Juri_Uluots, lk 10
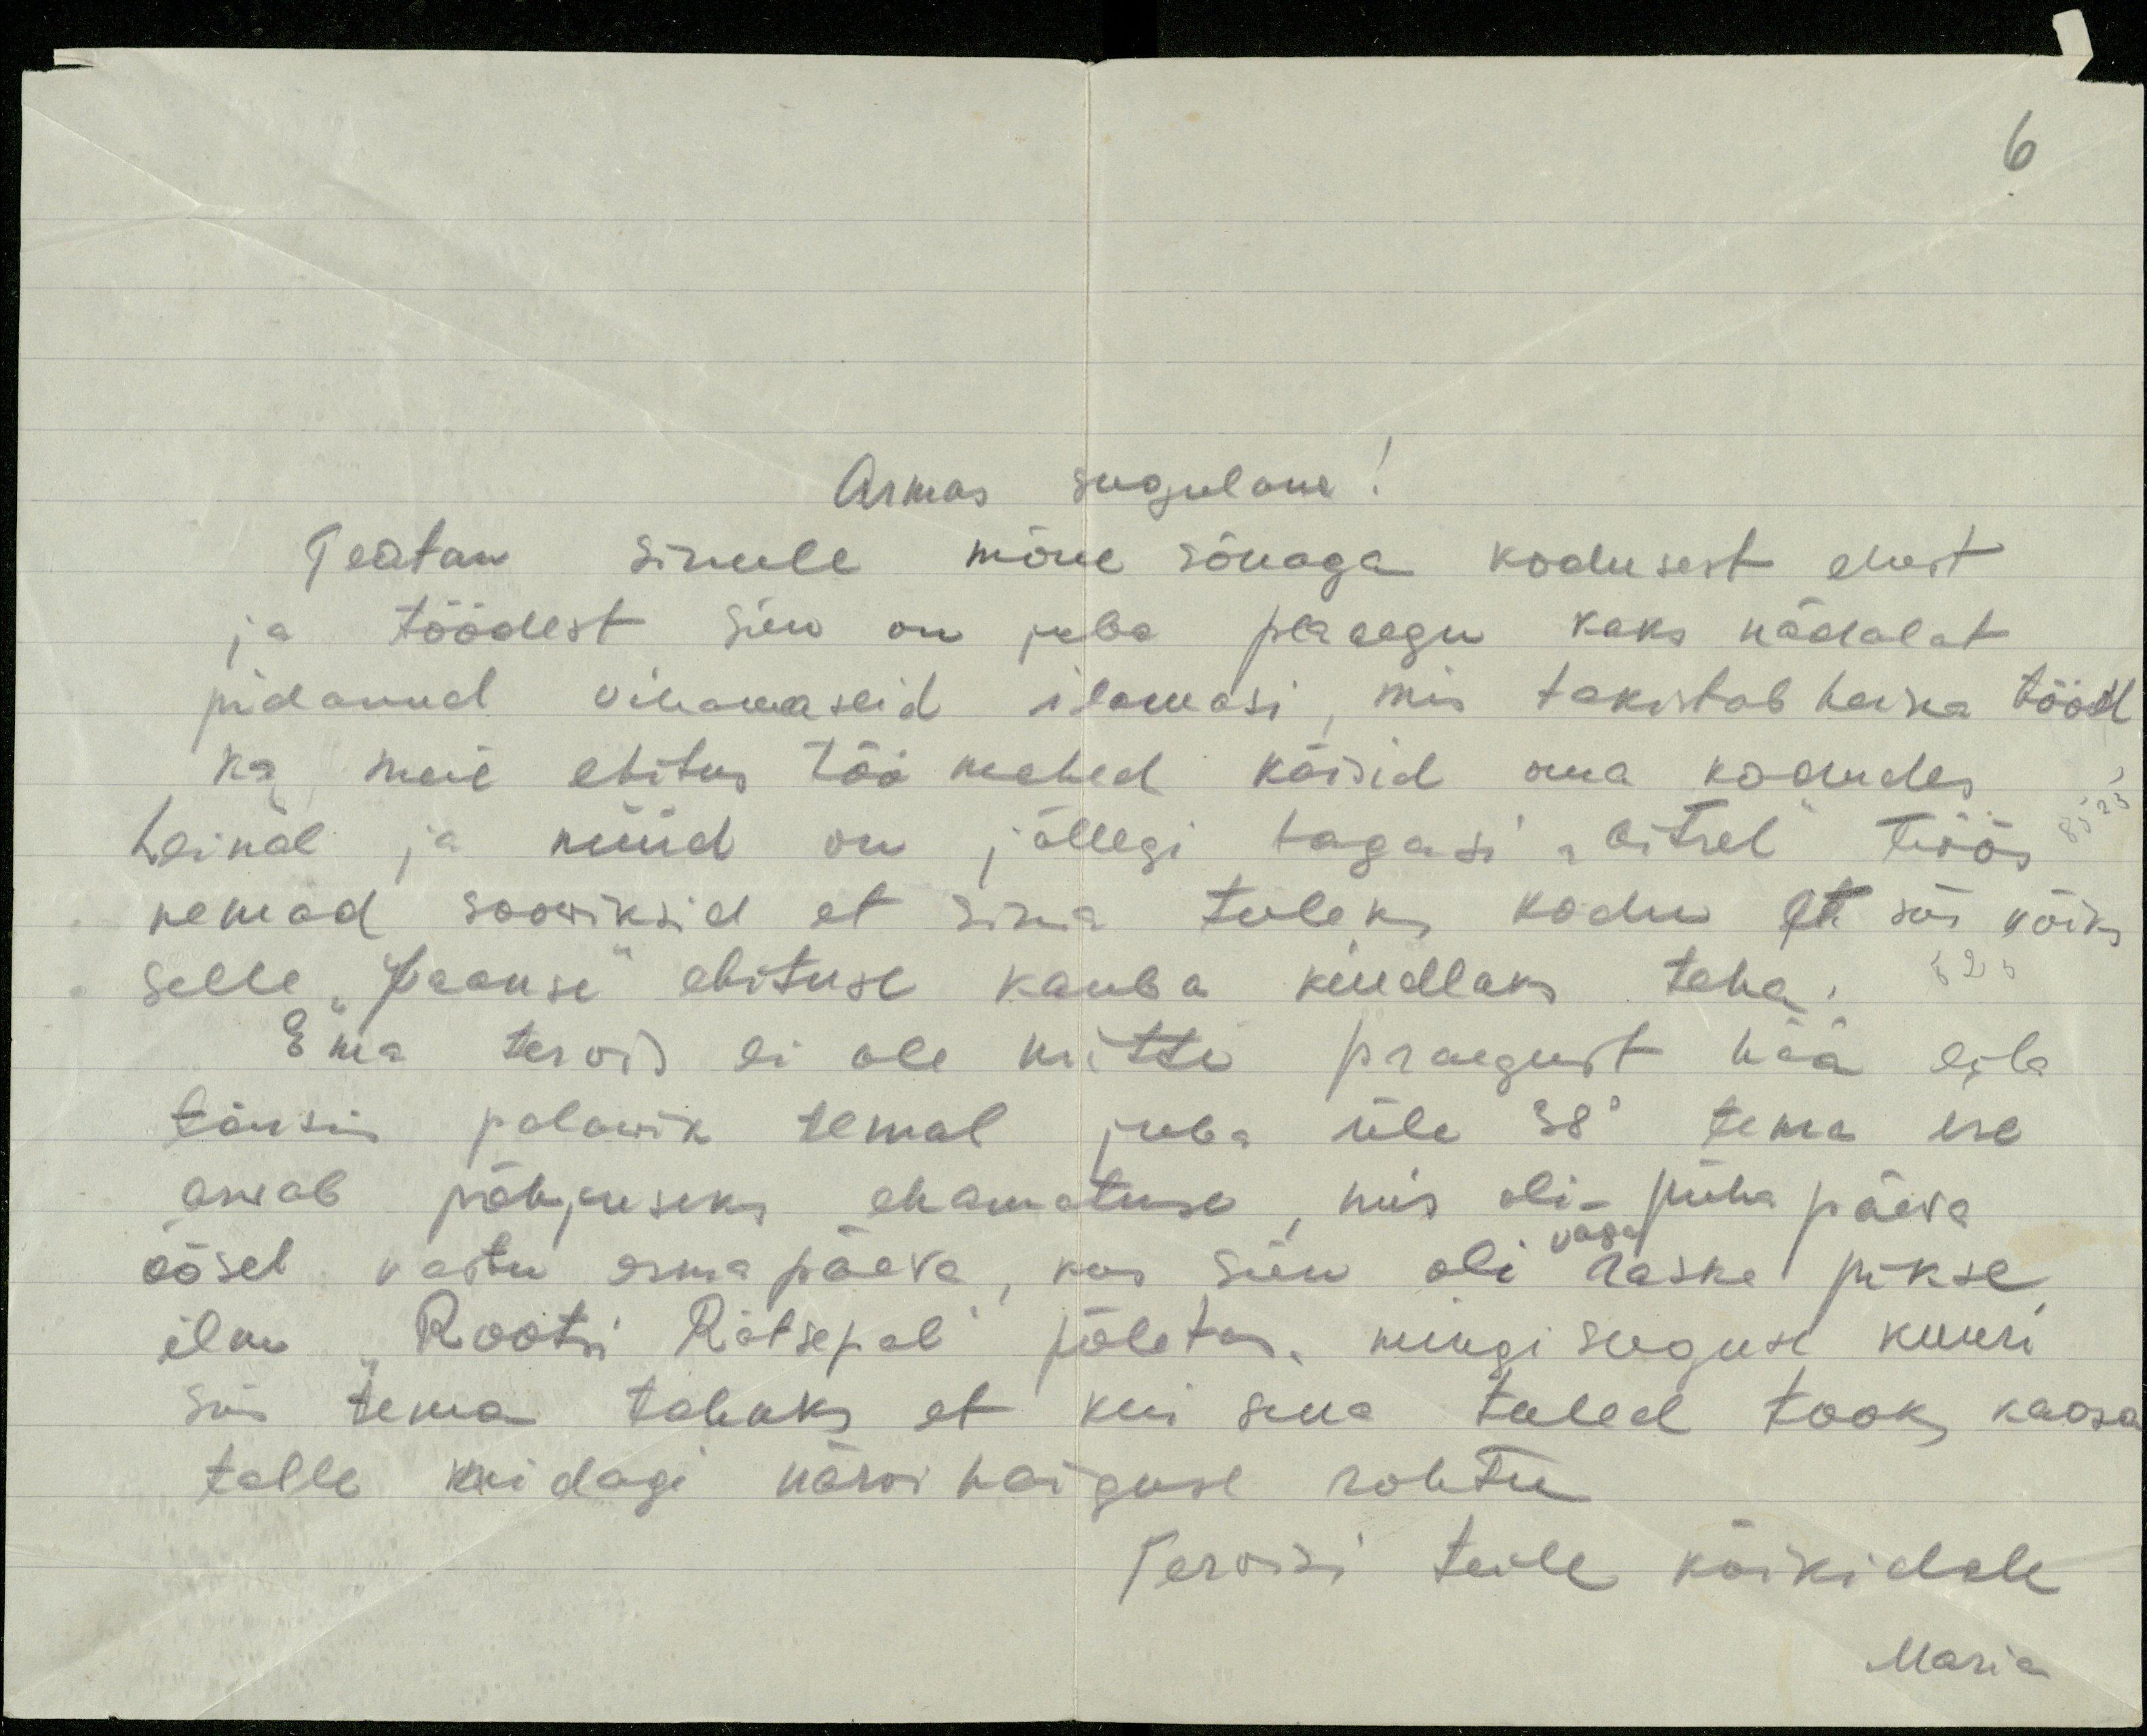
6

Armas sugulane!
Teatan sinule mõne sõnaga kodusest elust
ja töödest siin on juba peaaegu kaks nädalat
pidanud vihamaseid ilamasi, mis takistab heina tööd
ka meie ehitus töö mehed käisid oma kodudes
heinal ja nüüd on jällegi tagasi "oitsel" töös
nemad sooviksid et sina tuleks kodu et siis võiks
selle "Jaansi" ehituse kauba kindlaks teha.
Ema tervis ei ole mitte praegust hää eila
tõusis palawik temal juba üle 38° tema ise
arvab põhjuseks ehamatuse, mis oli pühapäeva
öösel vastu esmapäeva, kus siin oli väga raske pikse
ilm "Rootsi Rätsepal" põletas, mingi suguse kuuri
siis tema tahaks et kui sina tuled tooks kaasa
talle midagi närvihaiguse rohtu
Tervisi teile kõikidele
Maria